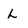
Character: L